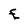
Character: E